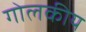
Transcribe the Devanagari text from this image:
गोलकीय